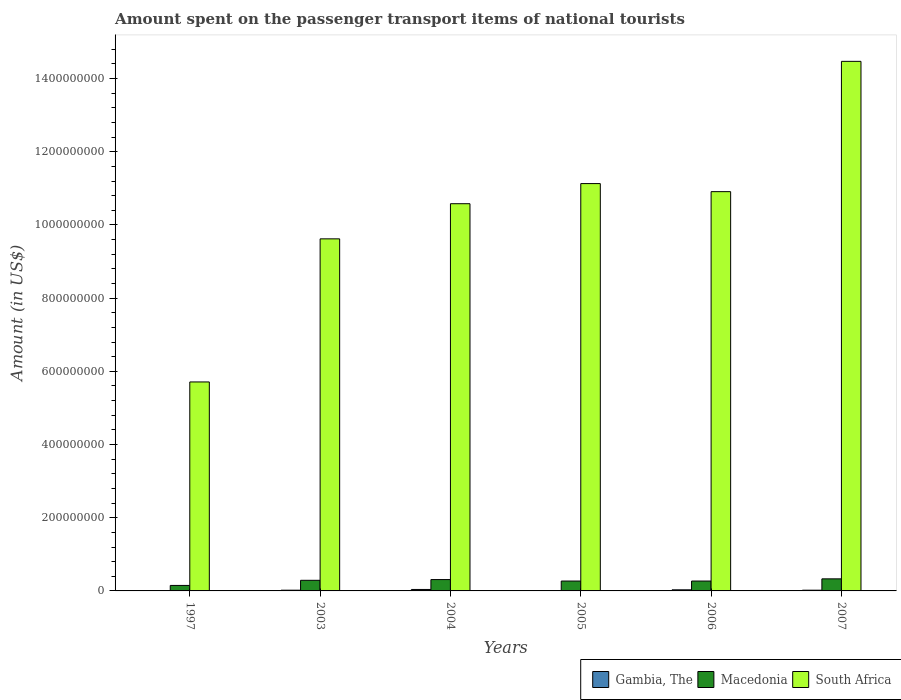
| Years | Gambia, The | Macedonia | South Africa |
 | --- | --- | --- | --- |
 | 1997 | 1e+06 | 1.5e+07 | 5.71e+08 |
 | 2003 | 2e+06 | 2.9e+07 | 9.62e+08 |
 | 2004 | 4e+06 | 3.1e+07 | 1.06e+09 |
 | 2005 | 1e+06 | 2.7e+07 | 1.11e+09 |
 | 2006 | 3e+06 | 2.7e+07 | 1.09e+09 |
 | 2007 | 2e+06 | 3.3e+07 | 1.45e+09 |